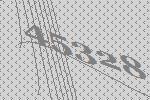
45328